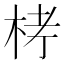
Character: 𣑥